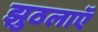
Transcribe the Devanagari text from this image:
झुठलाएॅ